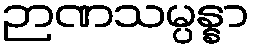
ဉာဏသမ္ပန္နာ